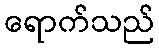
ရောက်သည်